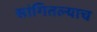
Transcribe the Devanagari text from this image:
सांगितल्याच